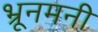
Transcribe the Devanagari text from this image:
भ्रूनमनी